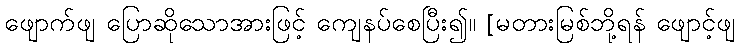
ဖျောက်ဖျ ပြောဆိုသောအားဖြင့် ကျေနပ်စေပြီး၍။ [မတားမြစ်ဘို့ရန် ဖျောင့်ဖျ